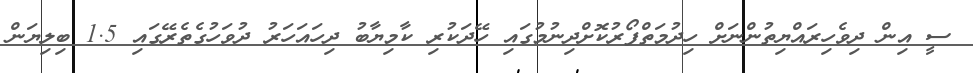
ސީ އިން ދިވެހިރައްޔިތުންނަށް ހިދުމަތްފޯރުކޮށްދިނުމުގައި ހޭދަކުރި ކާމިޔާބު ދިހައަހަރު ދުވަހުގެތެރޭގައި 1.5 ބިލިޔަން